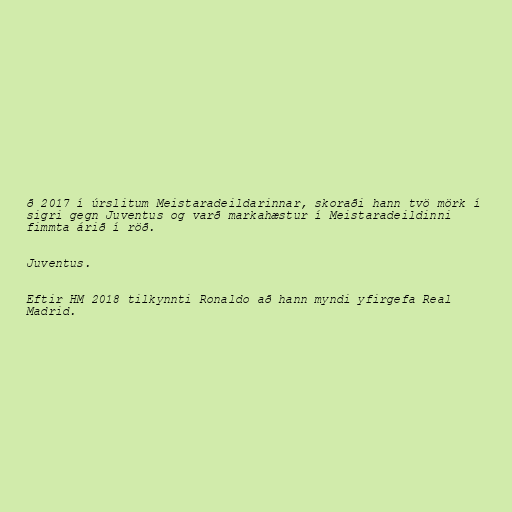
ð 2017 í úrslitum Meistaradeildarinnar, skoraði hann tvö mörk í
sigri gegn Juventus og varð markahæstur í Meistaradeildinni
fimmta árið í röð.

Juventus.

Eftir HM 2018 tilkynnti Ronaldo að hann myndi yfirgefa Real
Madrid.